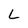
Character: L